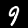
Digit: 9